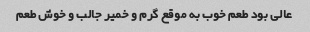
عالی بود طعم خوب به موقع گرم و خمیر جالب و خوش طعم